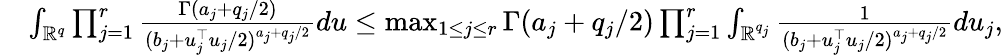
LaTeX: \begin{array}{rl}&{\int_{\mathbb{R}^{q}}\prod_{j=1}^{r}\frac{\Gamma{(a_{j}+q_{j}/2)}}{(b_{j}+u_{j}^{\top}u_{j}/2)^{a_{j}+q_{j}/2}}du\le\operatorname*{max}_{1\le j\le r}\Gamma{(a_{j}+q_{j}/2)}\prod_{j=1}^{r}\int_{\mathbb{R}^{q_{j}}}\frac{1}{(b_{j}+u_{j}^{\top}u_{j}/2)^{a_{j}+q_{j}/2}}du_{j},}\end{array}